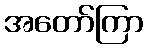
အတော်ကြာ